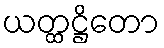
ယတ္ထဋ္ဌိတော